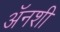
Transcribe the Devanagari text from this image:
अॅनशी